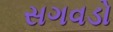
સગવડો